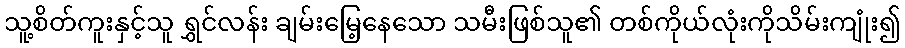
သူ့စိတ်ကူးနှင့်သူ ရွှင်လန်း ချမ်းမြေ့နေသော သမီးဖြစ်သူ၏ တစ်ကိုယ်လုံးကိုသိမ်းကျုံး၍